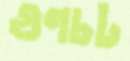
গুণচট